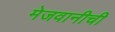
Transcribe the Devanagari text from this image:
मेजवानीची